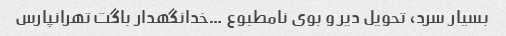
بسیار سرد، تحویل دیر و بوی نامطبوع …خدانگهدار باگت تهرانپارس